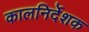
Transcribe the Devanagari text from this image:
कालनिर्देशक